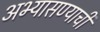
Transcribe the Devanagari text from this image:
अभ्यासण्याची